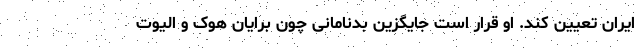
ایران تعیین کند. او قرار است جایگزین بدنامانی چون برایان هوک و الیوت